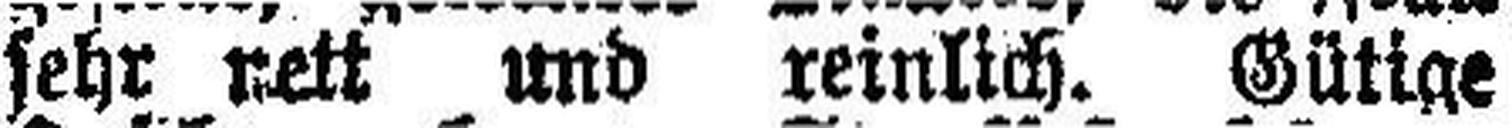
sehr nett und reinlich. Gütige